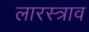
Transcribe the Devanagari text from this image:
लारस्त्राव